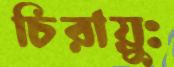
চিরায়ুঃ